Newspaper: Marshall County Republican.
Place of publication: Plymouth, Ind.
Publisher: I. Mattingly
Date: 1860-05-03 00:00:00
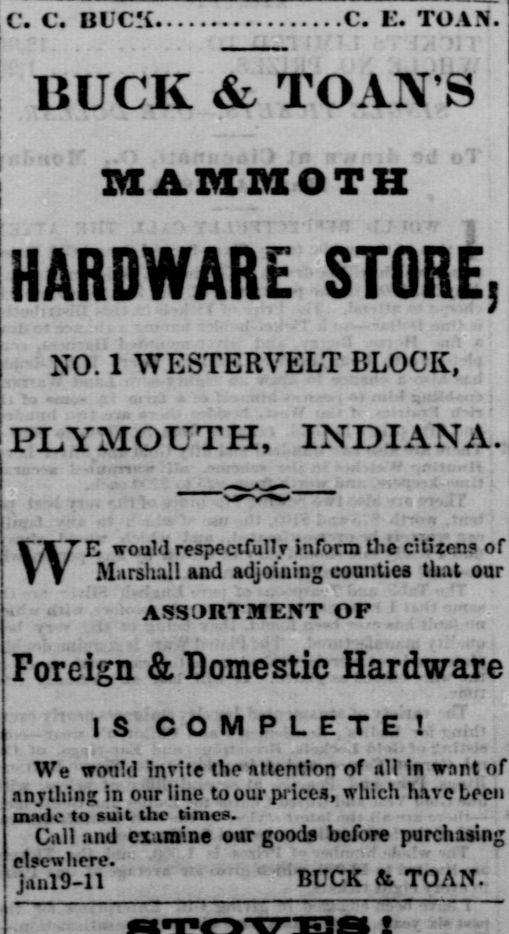
Advertisement text (OCR):
C. C BlC!i.. .C. L. TO A.N. BUCK fc TO AX'S MAMMOTH HARDWARE STORE, NO. 1 W ESTER VELT BLOCK, PLYMOUTH, INDIANA. f '1 7E would respectfullT inform the citizen" of f V Marahall and adjoining counties that our ASSORT 31 ENT OF Foreign & Domestic Hardware IS COMPLETE! ... .u : r -11 - r w e wo"i .vi mi iiv in. 'i 11 vnii. m .in in w..n .., anything in our line to our price, which have Leen m;ile to suit Ute tum -. Call and examine our goods before purchasing elsewhere. j;U1l9-ll BUCK & TOAN.
Label: text-only